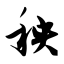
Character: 秧